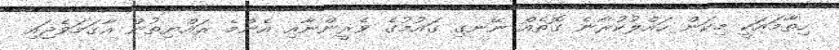
ހިތާމައަކީ މިކަން ހައްލުކުރާނެ ގޮތެއް ނޭނގި ގައުމުގެ ވެރީންނާއި އެންމެ ރައްޔިތުން އާގަމަވެޖައި